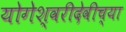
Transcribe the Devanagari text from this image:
योगेश्वरीदेवीच्या